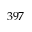
3 9 7